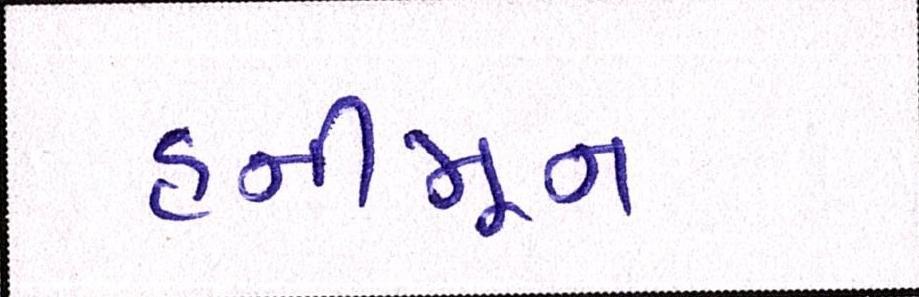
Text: હનીમૂન